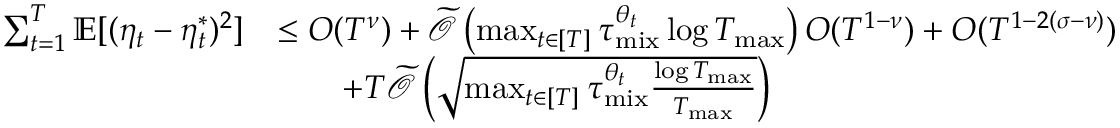
\begin{array} { r l } { \sum _ { t = 1 } ^ { T } \mathbb { E } [ ( \eta _ { t } - \eta _ { t } ^ { * } ) ^ { 2 } ] } & { \leq O ( T ^ { \nu } ) + \widetilde { \mathcal { O } } \left( \operatorname* { m a x } _ { t \in [ T ] } \tau _ { \mathrm { m i x } } ^ { \theta _ { t } } \log T _ { \operatorname* { m a x } } \right) O ( T ^ { 1 - \nu } ) + O ( T ^ { 1 - 2 ( \sigma - \nu ) } ) } \\ & { \qquad + T \widetilde { \mathcal { O } } \left( \sqrt { \operatorname* { m a x } _ { t \in [ T ] } \tau _ { \mathrm { m i x } } ^ { \theta _ { t } } \frac { \log T _ { \operatorname* { m a x } } } { T _ { \operatorname* { m a x } } } } \right) } \end{array}